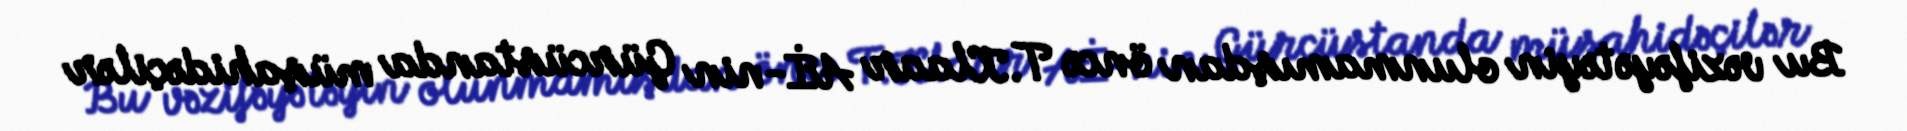
Bu vəzifəyə təyin olunmamışdan öncə T.Klaar Aİ-nin Gürcüstanda müşahidəçilər